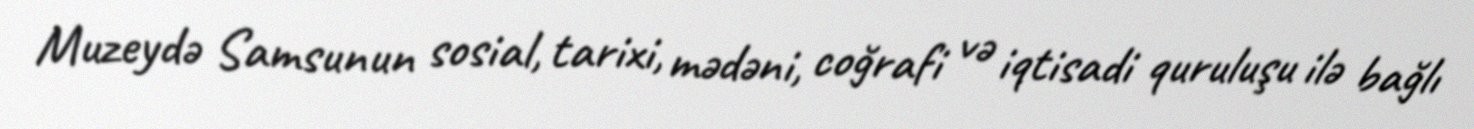
Muzeydə Samsunun sosial, tarixi, mədəni, coğrafi və iqtisadi quruluşu ilə bağlı